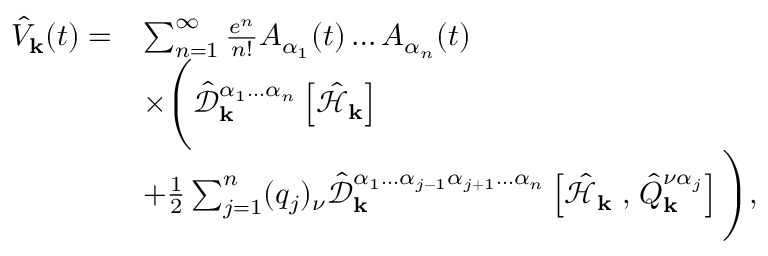
\begin{array} { r l } { \hat { V } _ { \mathbf { k } } ( t ) = } & { \sum _ { n = 1 } ^ { \infty } \frac { e ^ { n } } { n ! } A _ { \alpha _ { 1 } } ( t ) \hdots A _ { \alpha _ { n } } ( t ) } \\ & { \times \Bigg ( \hat { \mathcal { D } } _ { \mathbf { k } } ^ { \alpha _ { 1 } \hdots \alpha _ { n } } \left[ \hat { \mathcal { H } } _ { \mathbf { k } } \right] } \\ & { + \frac { 1 } { 2 } \sum _ { j = 1 } ^ { n } ( q _ { j } ) _ { \nu } \hat { \mathcal { D } } _ { \mathbf { k } } ^ { \alpha _ { 1 } \hdots \alpha _ { j - 1 } \alpha _ { j + 1 } \hdots \alpha _ { n } } \left[ \hat { \mathcal { H } } _ { \mathbf { k } } \right. , \left. \hat { Q } _ { \mathbf { k } } ^ { \nu \alpha _ { j } } \right] \Bigg ) \mathrm { , } } \end{array}